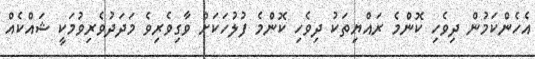
އެހެންކަމުން ދިވެހި ކޮންމެ ރައްޔިތަކު ދިވެހި ކޮންމެ ފުލުހަކަށް ވާގިވެރިވެ މަދަދުވެރިވުމަކީ ޝައްކެއް